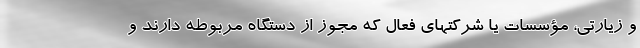
و زیارتی، مؤسسات یا شرکتهای فعال که مجوز از دستگاه مربوطه دارند و